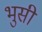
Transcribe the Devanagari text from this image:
भुसी